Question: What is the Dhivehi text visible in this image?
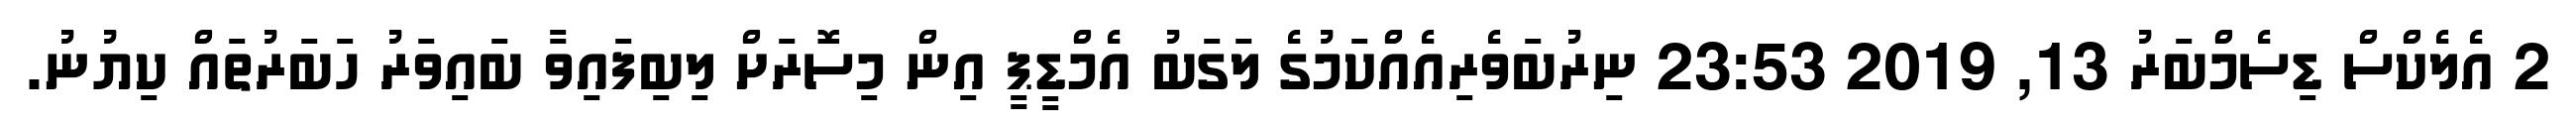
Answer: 2 އެލެކްސް ޑިސެމްބަރު 13, 2019 23:53 ނިރުބަވެރިއެއްކަމުގެ ލަގަބު އެމްޑީޕީ އިން މިސޮރަށް ލިބިފައިވާ ބައިވަރު ހަބަރުތައް ކިޔުނު.